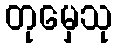
တုမှေသု